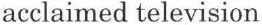
acclaimed television